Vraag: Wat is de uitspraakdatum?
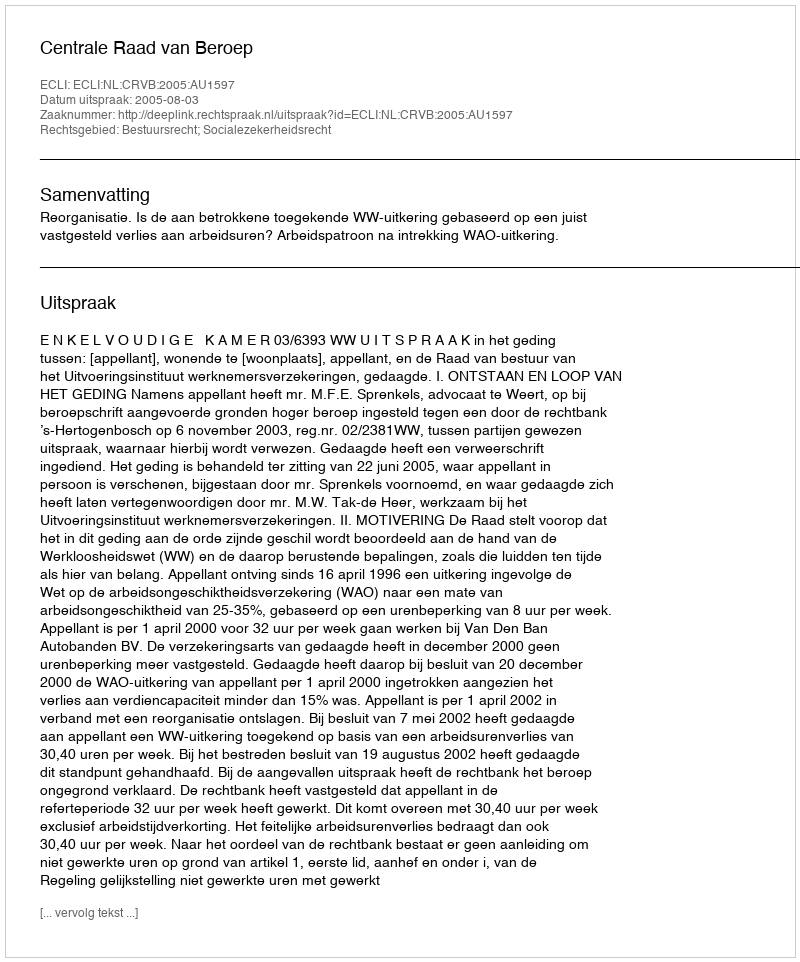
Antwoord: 2005-08-03